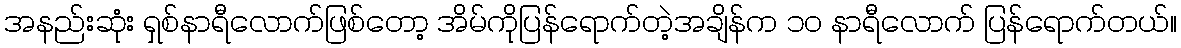
အနည်းဆုံး ရှစ်နာရီလောက်ဖြစ်တော့ အိမ်ကိုပြန်ရောက်တဲ့အချိန်က ၁၀ နာရီလောက် ပြန်ရောက်တယ်။